Annual administration report of the Civil Veterinary Department of India - 1895-1896
Year: 1895
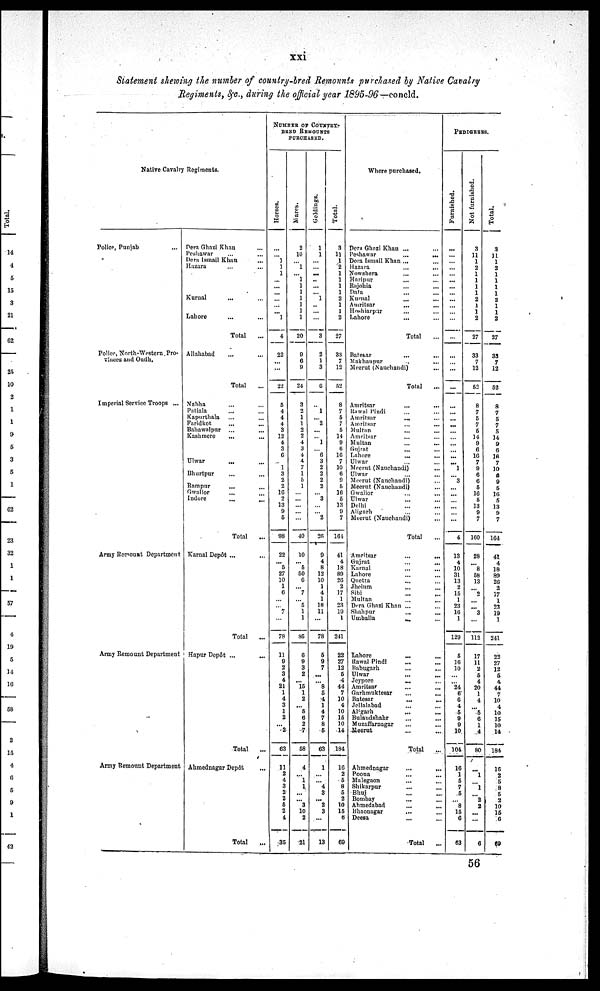
xxi
Statement shewing the number of country-bred Remounts purchased by Native Cavalry
Regiments, &c., during the official year 1895-96—concld.
Native Cavalry Regiments.
Police, Punjab ...
Police, North-Western Pro-
vinces and Oudh.
Imperial Service Troops ...
Army Remount Department
Army Remount Department
Army Remount Department
Dera Ghazi Khan ...
Peshawar ... ...
Dera Ismail Khan ...
Hazara ... ...
Kurnal ... ...
Lahore ... ...
Total ...
Allahabad ... ...
Total ...
Nabha ... ...
Patiala ... ...
Kapurthala ... ...
Faridkot ... ...
Bahawalpur
... ...
Kashmere
... ...
Ulwar ... ...
Bhurtpur ... ...
Bampur
... ...
Gwalior ... ...
Indore
... ...
Total
...
Karnal Depôt ... ...
Total
...
Hapur Depôt ...
Total ...
Ahmednagar Depôt ...
Total ...
NUMBER OF COUNTRY-
BRED REMOUNTS
PURCHASED.
Hor s es .
...
... 1
1
1
...
...
...
...
...
... 1
4
22
...
...
22
5
4
4
4
3
12
4
3
6
... 1
3
2
2
16
2
13
9
5
98
22
... 5
27
10
1
6
...
... 7
...
78
11
9
2
3
4
21
1
4
3
1
2
... 2
63
11
2
4
3
2
2
5
2
4
35
Mar es .
2
10
... 1
... 1
1
1
1
1
1
1
20
9
6
9
24
3
2
1
1
2
2
4
3
4
4
7
1
6
1
...
...
...
...
...
40
10
... 5
50
6
...
7
... 5
1
1
85
6
9
3
2
... 15
1
2
... 5
6
2
7
58
4
... 1
1
...
... 3
10
2
21
Geldings.
1
1
...
...
...
...
...
... 1
...
...
...
3
2
1
3
6
...
1
... 2
...
... 1
... 6
3
2
2
2
2
... 3
...
... 2
26
9
4
8
12
10
1
4
1
18
11
...
78
5
9
7
...
... 8
5
4
1
4
7
8
5
63
1
... ... 4
3
... 2
3
...
13
Tot al .
3
11
1
2
1
1
1
1
2
1
1
2
27
33
7
12
52
8
7
5
7
5
14
9
6
16
7
10
6
9
5
16
5
13
9
7
164
41
4
18
89
26
2
17
1
23
19
1
241
22
27
12
6
4
44
7
10
4
10
15
10
14
184
16
2
5
8
5
2
10
15
6
69
Where purchased.
Dera Ghazi Khan ... ...
Peshawar
...
...
Dera Ismail Khan ... ...
Hazara ... ...
Nowshera ... ...
Haripur
... ...
Rajohia ... ...
Data ... ...
Kurnal ... ...
Amritsar ... ...
Hoshiarpur ... ...
Lahore ... ...
Total ...
Batesar ... ...
Makhanpur ... ...
Meerut (Nauchandi) ...
Total
...
Amritsar ... ...
Rawal Pindi ... ...
Amritsar
... ...
Amritsar
...
...
Multan ... ...
Amritsar ... ...
Multan ... ...
Gujrat ... ...
Lahore ... ...
Ulwar ... ...
Meerut (Nauchandi) ...
Ulwar ... ...
Meerut (Nauchandi) ...
Meerut (Nauchandi) ...
Gwalior ... ...
Ulwar
... ...
Delhi ... ...
Aligarh ... ...
Meerut (Nauchandi) ...
Total ...
Amritsar
...
...
Gujrat ... ...
Karnal ... ...
Lahore ... ...
Quetta ... ...
Jhelum ... ...
Sibi ... ...
Multan ... ...
Dera Ghazi Khan ... ...
Shah pur
... ...
Umballa
... ...
Lahore
...
...
Rawal Pindi ... ...
Babugarh ... ...
Ulwar ... ...
Jeypore
...
...
Amritsar ... ...
Garhmuktesar ... ...
Batesar
...
...
Jellalabad ... ...
Aligarh ... ...
Bulaudshahr ... ...
Muzaffarnagar ... ...
Meerut ... ...
Total
...
Ahmednagar ... ...
Poona ... ...
Malegaon ... ...
Shikarpur ... ...
Bhuj ... ...
Bombay ... ...
Ahmedabad ... ...
Bhaonagar
...
...
Deesa ... ...
Total
...
PEDIGREES.
Fur ni s he d.
...
...
...
...
...
...
...
...
...
...
...
...
...
...
...
...
...
...
...
...
...
...
... ...
...
... ... 1
... 3
...
...
...
...
...
...
4
13
4
10
31
13
2
15
1
23
16
1
129
5
16
10
...
... 24
6
6
4
5
9
9
10
104
16
1
5
7
5
... 8
15
6
63
Not f
ur ni s hed.
3
11
1
2
1
1
1
1
2
1
1
2
27
33
7
12
52
8
7
5
7
5
14
9
6
16
7
9
6
6
5
16
5
13
9
7
160
28
... 8 58
13
... 2
... ... 3
...
112
17
11
2
5
4
20
1
4
...
5
6
1
4
80
...
1
...
1
... 2
2
...
...
6
Tot al .
3
11
1
2
1
1
1
1
2
1
1
2
27
33
7
12
52
8
7
5
7
5
14
9
6
16
7
10
6 9
5
16
5
13
9
7
164
41
4
18
89
26
2
17
1
23
19
1
241
22
27
12
5
4
44
7
10
4
10
15
10
14
184
16
2
5
8
5
2
10
15
6
69
56